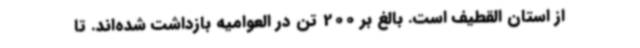
از استان القطیف است. بالغ بر 200 تن در العوامیه بازداشت شده‌اند. تا